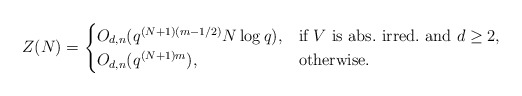
\begin{align*}Z(N)=\begin{cases}O_{d,n}(q^{(N+1)(m-1/2)}N\log q), &\mbox{if $V$ is abs.~irred.~and $d\geq 2$,}\\O_{d,n}(q^{(N+1)m}), & \mbox{otherwise.}\end{cases}\end{align*}